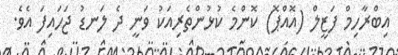
އިބްރާހިމް ފަޒީލް (އޮއްޕޮ) ކޮންމެ ކުޅުންތެރިއަކު ވަނީ ދެ ލަނޑު ޖަހައިފަ އެވެ.